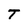
Character: T